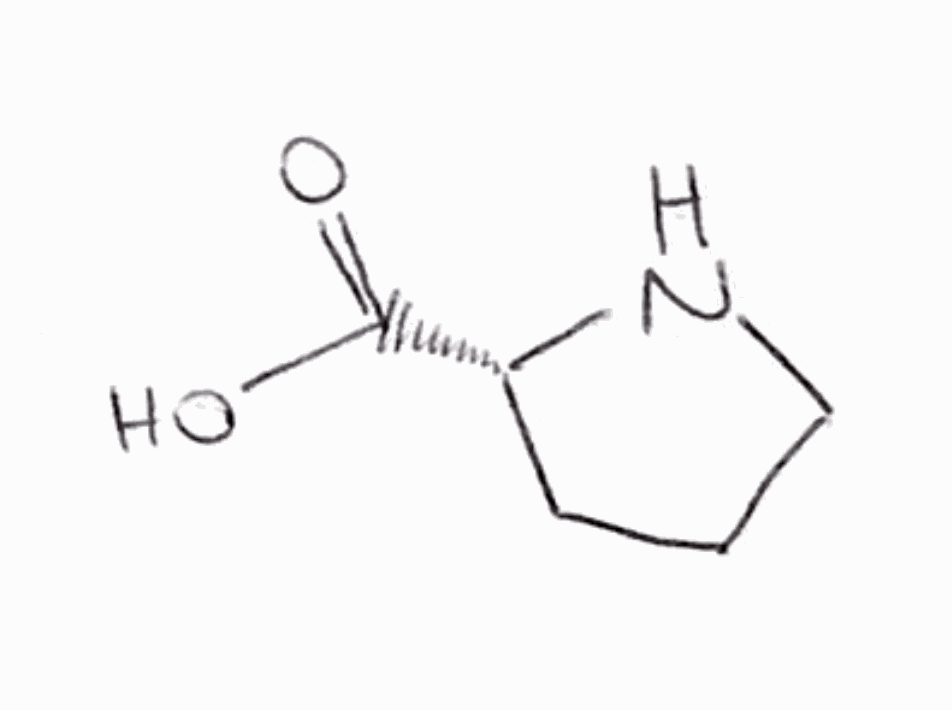
Simplified molecular-input line-entry system (SMILES) notation of the given molecule:
C1C[C@@H](NC1)C(=O)O